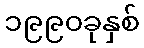
၁၉၉၀ခုနှစ်